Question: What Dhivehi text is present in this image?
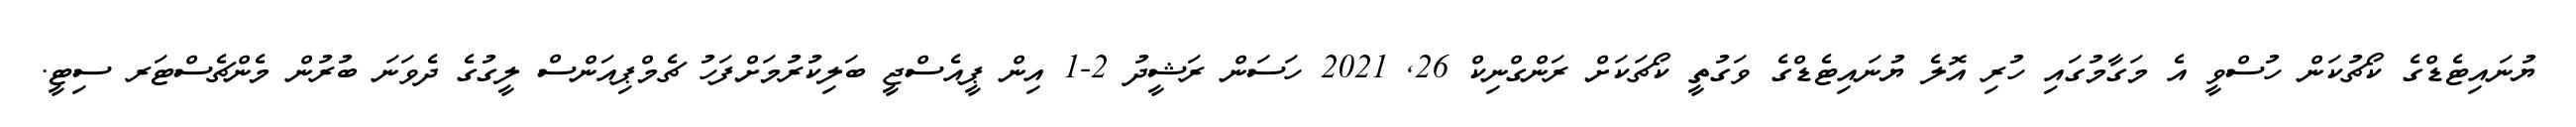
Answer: ޔުނައިޓެޑްގެ ކޯޗުކަން ހުސްވީ އެ މަގާމުގައި ހުރި އޮލެ ޔުނައިޓެޑްގެ ވަގުތީ ކޯޗަކަށް ރަންގްނިކް 26, 2021 ހަސަން ރަޝީދު 2-1 އިން ޕީއެސްޖީ ބަލިކުރުމަށްފަހު ޗެމްޕިއަންސް ލީގުގެ ދެވަނަ ބުރުން މެންޗެސްޓަރ ސިޓީ.